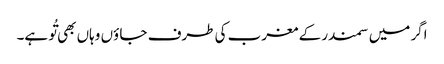
اگر میں سمندر کے مغرب کی طرف جا ؤں وہاں بھی تُو ہے۔